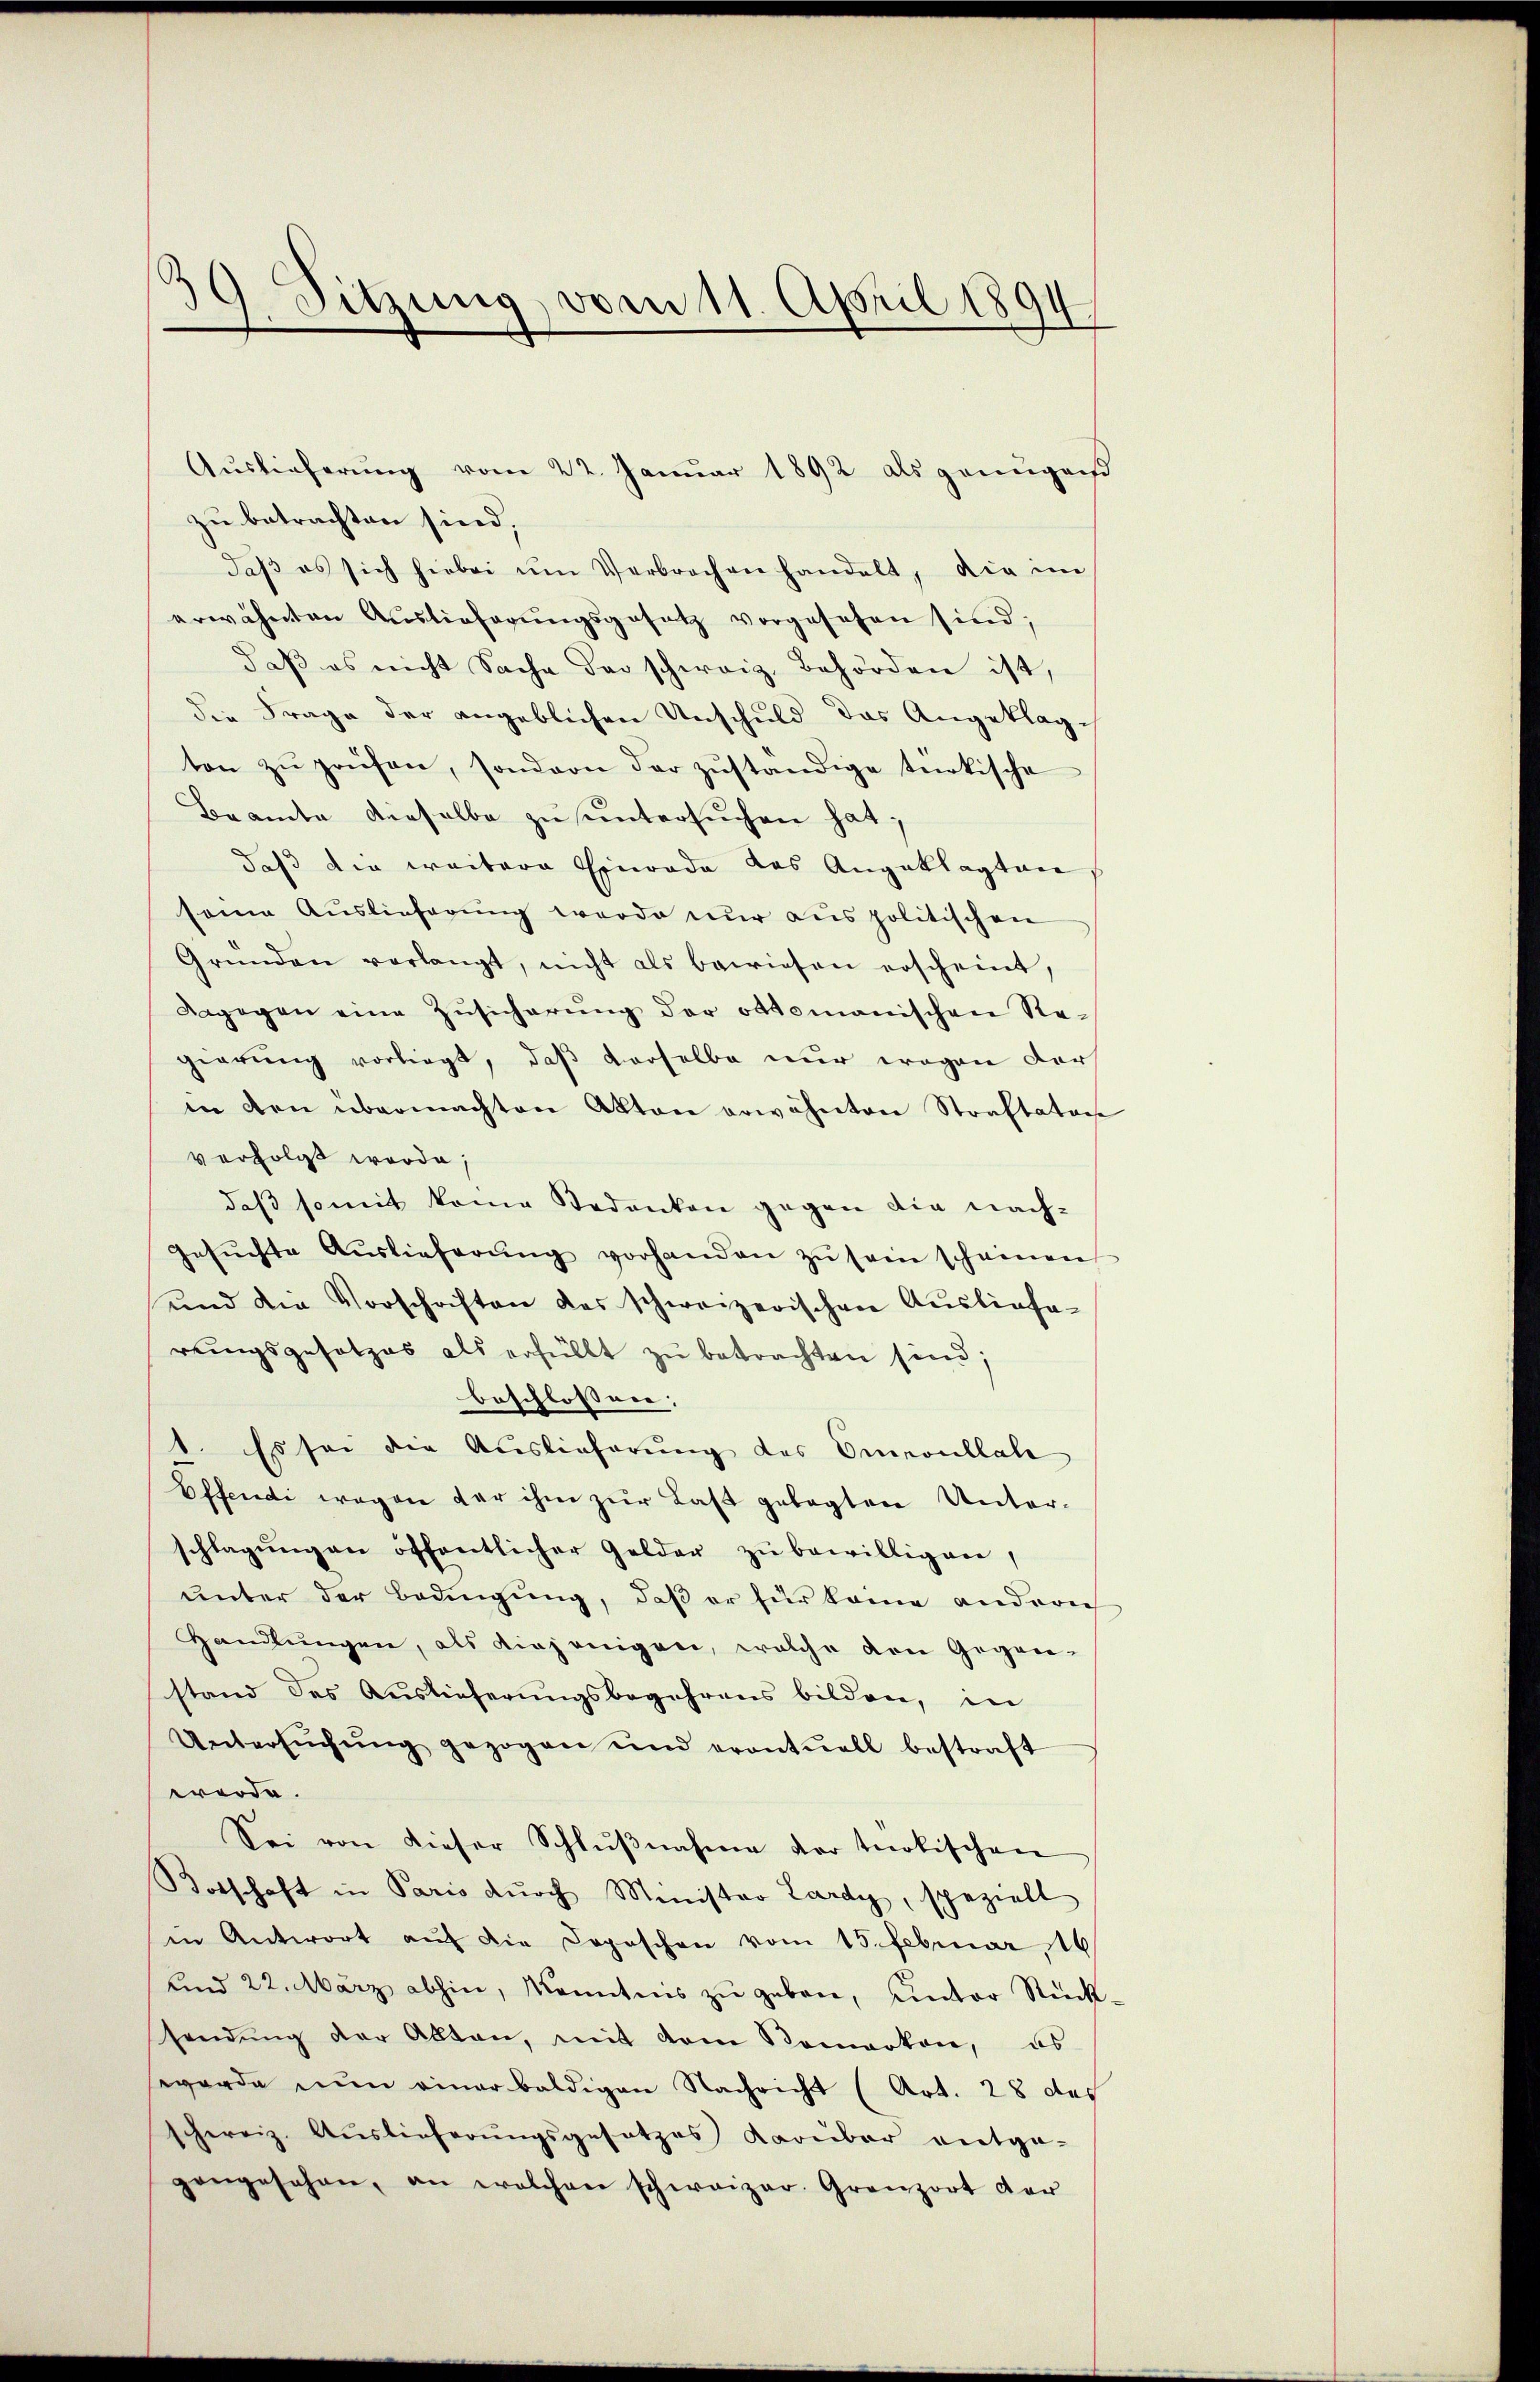
d
9. Sitzung vom 11. April 1894

zu betrachten sind,
daβ es sich hiebei ŭm Verbrochen handelt, die im
erwähnten Auslieferŭngsgesetz vorgesehen sind;
daβ es nicht Sache der schweiz. Behörden ist,
die Frage der angeblichen Unschuld das Angeklagten zŭ prüfen, sondern der zŭständige türkische
Beamte dieselbe zu untersuchen hat;
daß die weitere Einrade das Angeklagten
seine Auslieferung werde nur aus politischen
Gründen verlangt, nicht als bewiesen erscheint,
Dagegen eine Zŭsicherŭng der Ottomanischen Re-
gierung vorliegt, daß derselbe nur wegen der
in den übermachten Akten erwähnten Straftator
verfolgt worde,
daß somit kome Bedenken gegen die nach¬
Gesŭchte Aŭslieferŭng vorhanden zŭ sein scheinen
und die Vorschriften des schweizerischen Ausliefa-
rŭngsgesetzes als erfüllt zŭ betrachten sind;
beschlossen:
1. Es sei die Auslieferung des Omeoullate
Offendi wegen der ihm zur Last gelegten Unterschlagŭng an öffentlicher Gelder zŭ bewilligen,
unter der Bedingung, daß er für kam anderer
Handlŭngen, als diejenigen, welche den Gegen-
stand des Auslieferŭngsbegehrens bilden, in
Untersŭchŭng gezogen und erontŭell bestraft
werde.
Sei von dieser Schlŭβnahme der trotischen
Botschaft in Paris dŭrch Minister Lardy, speziell
in Antwort aŭf die Doposchen vom 15. Februar 16
und 22. März abhin, Monntens zŭ geben, unter Rück-
sendŭng der Alten, mit dem Komarken, es
werde nun einer baldigen Nachricht (Art. 28 des
schweiz. Auslieferŭngsgesetzes darüber entge-
gengesehen, an welchen schweizer. Gränz(...) der

Auslieferung vom 22. Januar 1892 als genügen